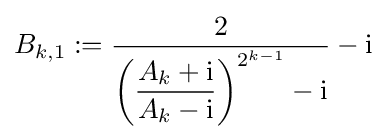
B_{k,1}:={\frac {2}{\left({\dfrac {A_{k}+\mathrm {i} }{A_{k}-\mathrm {i} }}\right)^{2^{k-1}}-\mathrm {i} }}-\mathrm {i}